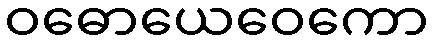
ဝဓောယေဝေကော